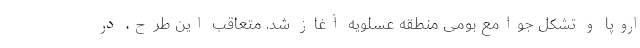
اروپا و تشکل جوامع بومی منطقه عسلویه آغاز شد. متعاقب این طرح، در